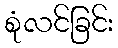
စုံလင်ခြင်း